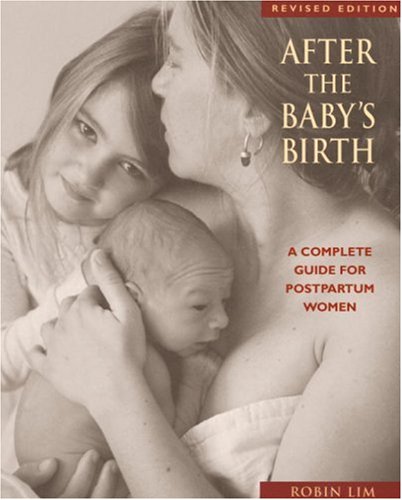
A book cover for After the Baby's Birth: A Complete Guide for Postpartum Women; Robin Lim; Health, Fitness & Dieting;